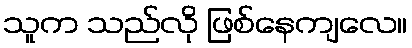
သူက သည်လို ဖြစ်နေကျလေ။